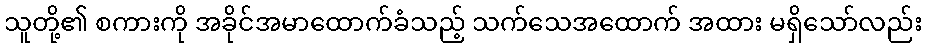
သူတို့၏ စကားကို အခိုင်အမာထောက်ခံသည့် သက်သေအထောက် အထား မရှိသော်လည်း